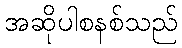
အဆိုပါစနစ်သည်